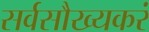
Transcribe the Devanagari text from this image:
सर्वसौख्यकरं